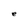
Character: e